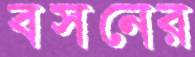
বসনের